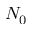
N _ { 0 }